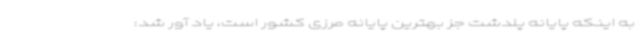
به اینکه پایانه پلدشت جز بهترین پایانه مرزی کشور است، یاد آور شد: